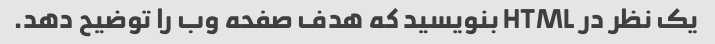
یک نظر در HTML بنویسید که هدف صفحه وب را توضیح دهد.